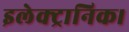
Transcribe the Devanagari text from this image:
इलेक्ट्रानिक।